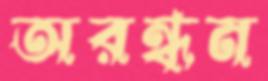
অরন্ধন